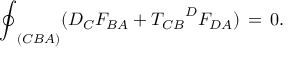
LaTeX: { \oint } _ { ( C B A ) } ( D _ { C } F _ { B A } + { { T _ { C B } } ^ { D } } F _ { D A } ) \, = \, 0 .